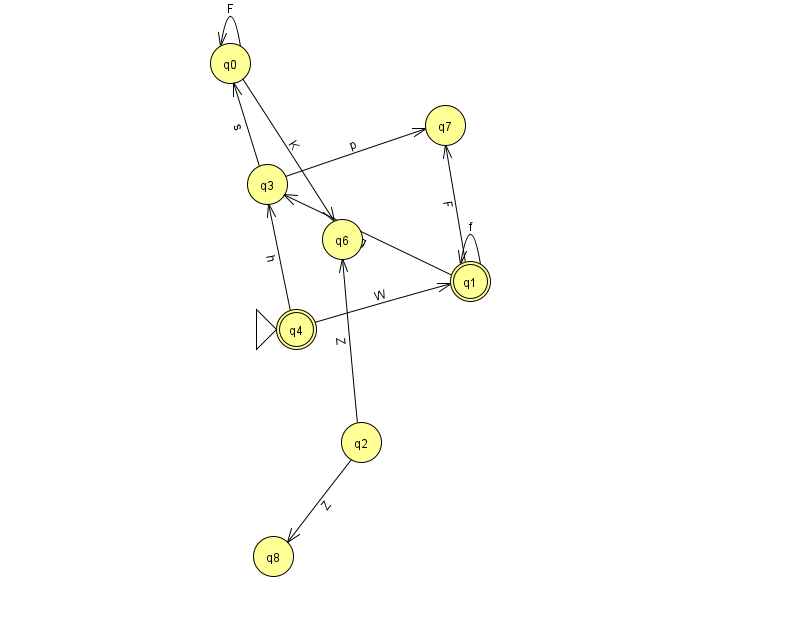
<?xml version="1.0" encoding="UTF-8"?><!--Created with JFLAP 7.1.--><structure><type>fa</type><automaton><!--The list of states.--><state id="0" name="q0"><x>230.0</x><y>50.0</y></state><state id="1" name="q1"><x>470.0</x><y>268.0</y><final/></state><state id="2" name="q2"><x>361.0</x><y>429.0</y></state><state id="3" name="q3"><x>267.0</x><y>171.0</y></state><state id="4" name="q4"><x>296.0</x><y>316.0</y><initial/><final/></state><state id="6" name="q6"><x>342.0</x><y>226.0</y></state><state id="7" name="q7"><x>445.0</x><y>112.0</y></state><state id="8" name="q8"><x>273.0</x><y>543.0</y></state><!--The list of transitions.--><transition><from>3</from><to>7</to><read>p</read></transition><transition><from>0</from><to>0</to><read>F</read></transition><transition><from>1</from><to>1</to><read>f</read></transition><transition><from>2</from><to>6</to><read>Z</read></transition><transition><from>2</from><to>8</to><read>Z</read></transition><transition><from>3</from><to>0</to><read>s</read></transition><transition><from>1</from><to>3</to><read>g</read></transition><transition><from>4</from><to>1</to><read>W</read></transition><transition><from>4</from><to>3</to><read>h</read></transition><transition><from>0</from><to>6</to><read>K</read></transition><transition><from>1</from><to>7</to><read>F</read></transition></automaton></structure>